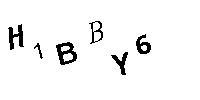
H1BBY6